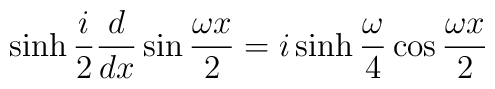
\sinh \frac{i}{2}\frac{d}{dx} \sin\frac{\omega x}{2}= i \sinh\frac{\omega}{4}\cos\frac{\omega x}{2}